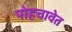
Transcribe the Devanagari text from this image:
पोहचावेत